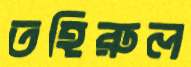
তহিরুল